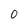
Character: O